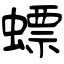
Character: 螵